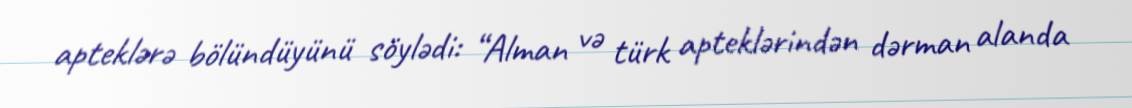
apteklərə bölündüyünü söylədi: “Alman və türk apteklərindən dərman alanda